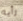
رأيه